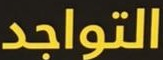
التواجد